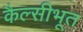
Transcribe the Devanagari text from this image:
कैल्सीभूत